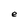
Character: e